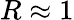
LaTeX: R\approx 1